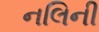
નલિની